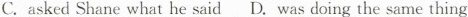
C.asked Shane what he said D.Was doing the same thing